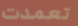
تعمدت